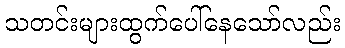
သတင်းများထွက်ပေါ်နေသော်လည်း